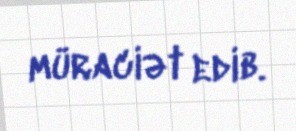
müraciət edib.